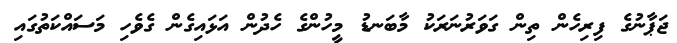
ޖަޕާނުގެ ފިރިހެން ތިން ގަވަރުނަރަކު މާބަނޑު މީހުންގެ ހެދުން އަޅައިގެން ގެވެހި މަސައްކަތުގައި